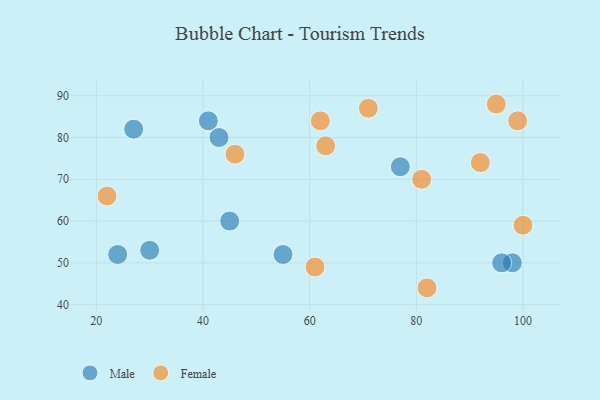
{"axis": {"x": "GDP", "y": "Life Expectancy"}, "legend": ["Female", "Male"], "data": [{"x": "27", "y": 82, "type": "Male"}, {"x": "98", "y": 50, "type": "Male"}, {"x": "77", "y": 73, "type": "Male"}, {"x": "45", "y": 60, "type": "Male"}, {"x": "96", "y": 50, "type": "Male"}, {"x": "41", "y": 84, "type": "Male"}, {"x": "30", "y": 53, "type": "Male"}, {"x": "43", "y": 80, "type": "Male"}, {"x": "55", "y": 52, "type": "Male"}, {"x": "24", "y": 52, "type": "Male"}, {"x": "63", "y": 78, "type": "Female"}, {"x": "95", "y": 88, "type": "Female"}, {"x": "62", "y": 84, "type": "Female"}, {"x": "46", "y": 76, "type": "Female"}, {"x": "92", "y": 74, "type": "Female"}, {"x": "22", "y": 66, "type": "Female"}, {"x": "99", "y": 84, "type": "Female"}, {"x": "61", "y": 49, "type": "Female"}, {"x": "100", "y": 59, "type": "Female"}, {"x": "82", "y": 44, "type": "Female"}, {"x": "71", "y": 87, "type": "Female"}, {"x": "81", "y": 70, "type": "Female"}]}